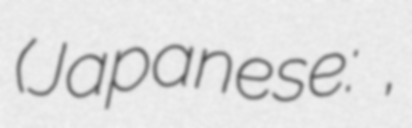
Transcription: (Japanese: 宇宙海賊キャプテンハーロック,